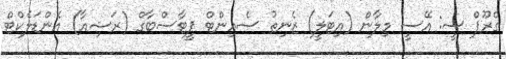
ގްރޫޕް ސީ: އޭސީ މިލާން (އިޓަލީ) ޒެނިތު ސެއިންޓް ޕީޓާސްބާގް (ރަޝިއާ) އެންޑަލެކްޓް